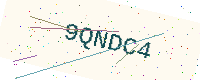
Text: 9QNDC4